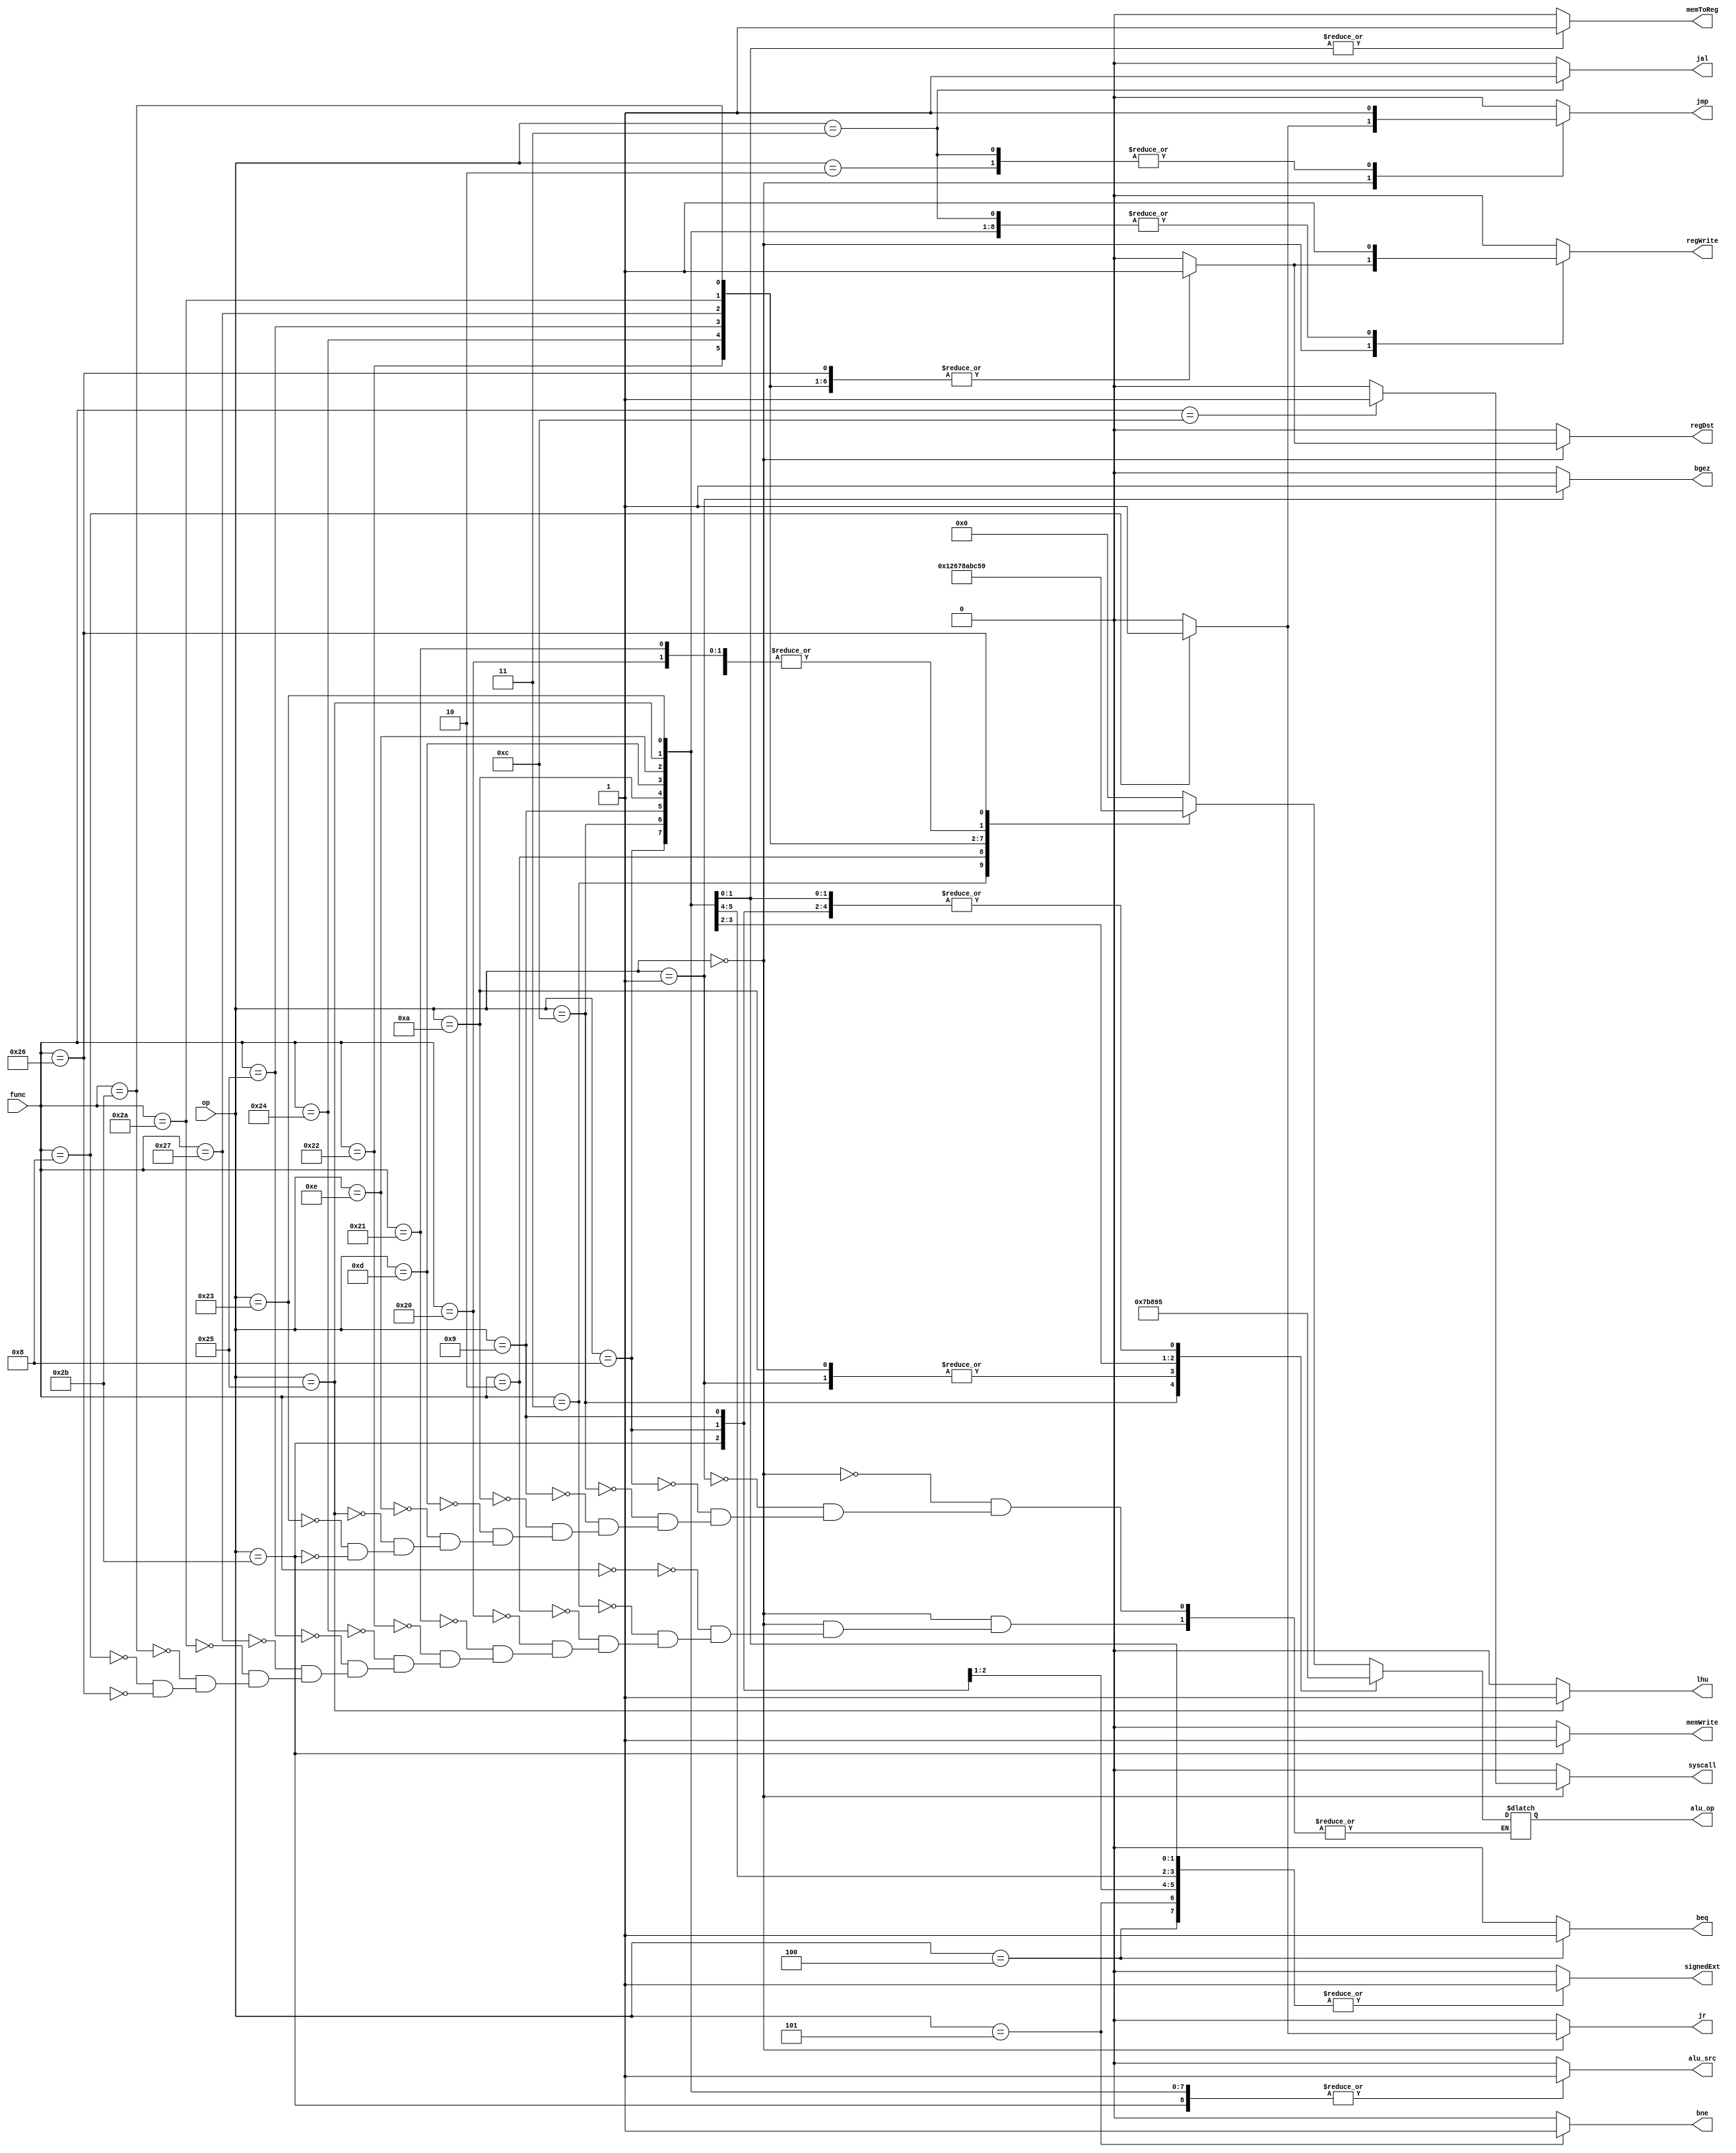
`timescale 1ns / 1ps
//////////////////////////////////////////////////////////////////////////////////
// Company: 
// Engineer: 
// 
// Design Name: 
// Module Name: Controller
// Project Name: 
// Target Devices: 
// Tool Versions: 
// Description: 
// 
// Dependencies: 
// 
// Revision:
// Revision 0.01 - File Created
// Additional Comments:
// 
//////////////////////////////////////////////////////////////////////////////////

// 
// opfunc5bits
// 
// alu_opALU
// memToReg
// memWrite
// syscall
// signedExt
// regDst1rd0rt
// beqbnejrjmpjal
module Controller(op, func, alu_op, memToReg, memWrite, alu_src, regWrite, syscall, signedExt, regDst, beq, bne, jr, jmp, jal,lhu,bgez);
    input [5:0] op;
    input [5:0] func;
    output reg [3:0] alu_op;
    output reg memToReg, memWrite, alu_src, regWrite, syscall, signedExt, regDst, beq, bne, jr, jmp, jal,lhu,bgez;
    
    
    always @(*) begin
        memToReg = 0; memWrite= 0; alu_src= 0; regWrite= 0; syscall= 0; signedExt= 0; regDst= 0; beq= 0; bne= 0; jr= 0; jmp= 0; jal = 0; lhu=0 ; bgez=0; // init to 0
        case(op) 
            0: begin // R type instruction
                case(func) 
                    0: begin alu_op = 0; regWrite = 1; regDst = 1; end // SLL
                    3: begin alu_op = 1; regWrite = 1; regDst = 1; end // SRA
                    2: begin alu_op = 2; regWrite = 1; regDst = 1; end // SRL
                    32: begin alu_op = 5; regWrite = 1; regDst = 1; end // ADD
                    33: begin alu_op = 5; regWrite = 1; regDst = 1; end // ADDU
                    34: begin alu_op = 6; regWrite = 1; regDst = 1; end // SUB
                    36: begin alu_op = 7; regWrite = 1; regDst = 1; end // AND
                    37: begin alu_op = 8; regWrite = 1; regDst = 1; end // OR
                    39: begin alu_op = 10; regWrite = 1; regDst = 1; end // NOR
                    42: begin alu_op = 11; regWrite = 1; regDst = 1; end // SLT
                    43: begin alu_op = 12; regWrite = 1; regDst = 1; end // SLTU
                    8: begin alu_op = 5; jr = 1; jmp = 1; end // JR
                    12: begin syscall = 1; end // SYSCALL
                    38: begin alu_op=9; regWrite=1; regDst=1; end   //XOR
                   // 7: begin alu_op = 1; regWrite = 1; regDst = 1; srav = 1; end //SRAV
                    // add your own R type instructions here
                endcase
            end
            1: begin alu_op = 11; bgez = 1; end //BGEZ
            2: begin jmp = 1; end // J
            3: begin regWrite = 1; jal = 1; jmp = 1;end // JAL 
            4: begin signedExt = 1; beq = 1; end // BEQ
            5: begin signedExt = 1; bne = 1; end // BNE
            8: begin alu_op = 5; alu_src = 1; regWrite = 1; signedExt = 1; end // ADDI
            12: begin  alu_op = 7; alu_src = 1; regWrite = 1; end // ANDI
            9: begin  alu_op = 5; alu_src = 1; regWrite = 1; signedExt = 1; end // ADDIU
            10: begin  alu_op = 11; alu_src = 1; regWrite = 1; signedExt = 1; end // SLTI
           // 11:begin    alu_op = 12; alu_src = 1; regWrite = 1; signedExt = 1;sltiu = 1; end //SLTIU
            13: begin  alu_op = 8; alu_src = 1; regWrite = 1; end // ORI
            14: begin  alu_op=9;  alu_src=1;  regWrite=1;  end //XORI
            37: begin   alu_op = 5; memToReg = 1; alu_src = 1; regWrite = 1; signedExt = 1; lhu = 1; end //LHU
            35: begin  alu_op = 5; memToReg = 1; alu_src = 1; regWrite = 1; signedExt = 1;end // LW
            43: begin  alu_op = 5; memWrite = 1; alu_src = 1; signedExt = 1; end // SW
            // add your own M and J type instructions here
        endcase
    end
endmodule